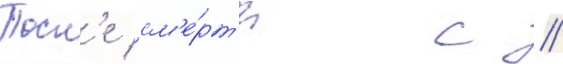
Посл'е см'е́рт'и с //